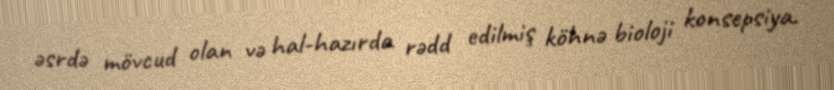
əsrdə mövcud olan və hal-hazırda rədd edilmiş köhnə bioloji konsepsiya.